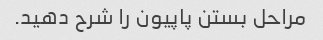
مراحل بستن پاپیون را شرح دهید.